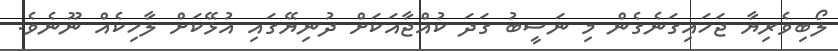
ލޯބިވެރިޔާ ޖަހައިގަނެގެން މި ނަސީބު ގަދަ ކުއްޖާއަކަށް ދުނިޔޭގައި އުޅޭކަށް ލާހިކެއް ނޫނެވެ.